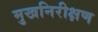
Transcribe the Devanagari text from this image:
मुखनिरीक्षण